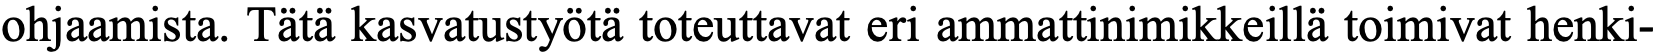
ohjaamista. Tätä kasvatustyötä toteuttavat eri ammattinimikkeillä toimivat henki-